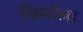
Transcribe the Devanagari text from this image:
चिमोलो